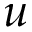
u